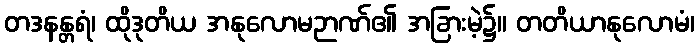
တဒနန္တရံ၊ ထိုဒုတိယ အနုလောမဉာဏ်၏ အခြားမဲ့၌။ တတိယာနုလောမံ၊